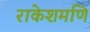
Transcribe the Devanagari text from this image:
राकेशमणि